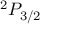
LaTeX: ^ { 2 } P _ { 3 / 2 }